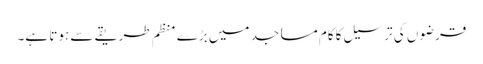
قرضوں کی ترسیل کا کام مساجد میں بڑے منظم طریقے سے ہوتا ہے۔